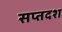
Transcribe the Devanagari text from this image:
सप्तदश